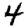
Digit: 4